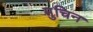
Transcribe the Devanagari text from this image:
मुचिन